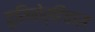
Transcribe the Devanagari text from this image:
यूरिनोर्हिंचास